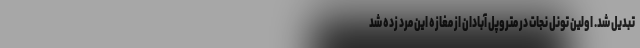
تبدیل شد. اولین تونل نجات در متروپل آبادان از مغازه این مرد زده شد